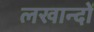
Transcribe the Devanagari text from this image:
लखान्दों